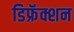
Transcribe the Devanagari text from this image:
डिफ्रॅक्शन